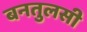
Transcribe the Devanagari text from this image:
बनतुलसी